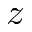
z